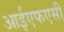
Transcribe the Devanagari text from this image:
आईएफएसी